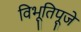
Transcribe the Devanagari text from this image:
विभूतिपूजे